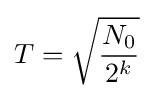
\,\!T={\sqrt {\frac {N_{0}}{2^{k}}}}